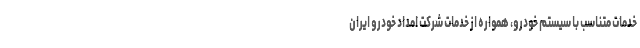
خدمات متناسب با سیستم خودرو، همواره از خدمات شرکت امداد خودرو ایران